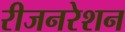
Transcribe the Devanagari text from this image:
रीजनरेशन